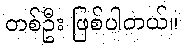
တစ်ဦး ဖြစ်ပါတယ်။